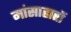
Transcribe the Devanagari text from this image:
मांसाहारों